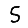
Digit: 5